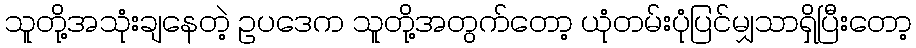
သူတို့အသုံးချနေတဲ့ ဥပဒေက သူတို့အတွက်တော့ ယုံတမ်းပုံပြင်မျှသာရှိပြီးတော့